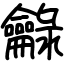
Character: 龣